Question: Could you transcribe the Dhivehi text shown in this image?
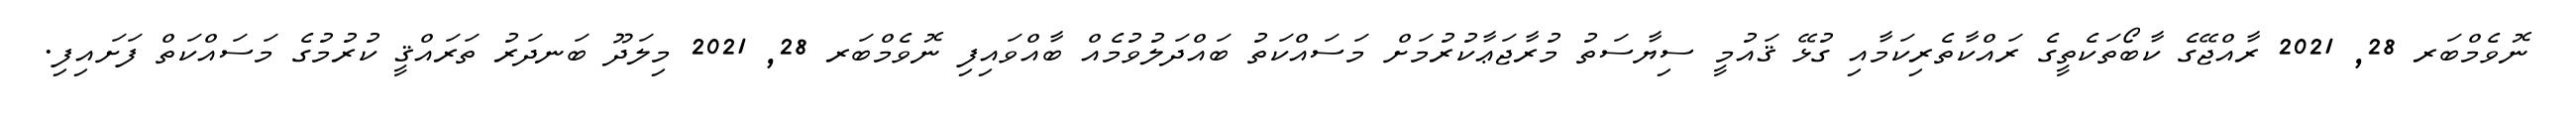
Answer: ނޮވެމްބަރ 28, 2021 ރާއްޖޭގެ ކާބޯތަކެތީގެ ރައްކާތެރިކަމާއި ގުޅޭ ޤައުމީ ސިޔާސަތު މުރާޖަޢާކުރުމަށް މަސައްކަތު ބައްދަލުވުމެއް ބާއްވައިފި ނޮވެމްބަރ 28, 2021 މިލަދޫ ބަނދަރު ތަރައްޤީ ކުރުމުގެ މަސައްކަތް ފަށައިފި.